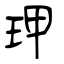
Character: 玾